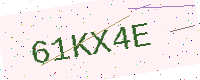
Text: 61KX4E